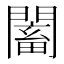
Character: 𲈰